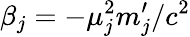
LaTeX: \beta_{j}=-\mu_{j}^{2}m_{j}^{\prime}/c^{2}